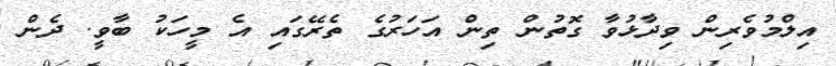
އިލްމުވެރިން ވިދާޅުވާ ގޮތުން ތިން އަހަރުގެ ތެރޭގައި އެ މީހަކު ބާވީ. ދެން